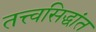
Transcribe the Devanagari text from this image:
तत्त्वसिद्धांत